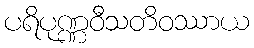
ပရိပုဏ္ဏဝီသတိဝဿာယ